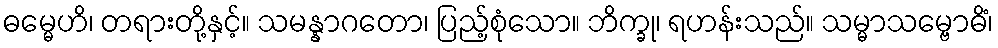
ဓမ္မေဟိ၊ တရားတို့နှင့်။ သမန္နာဂတော၊ ပြည့်စုံသော။ ဘိက္ခု၊ ရဟန်းသည်။ သမ္မာသမ္ဗောဓိံ၊